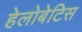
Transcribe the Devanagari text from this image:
हेलोबेटिस